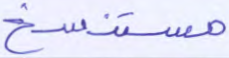
مستنسخ